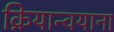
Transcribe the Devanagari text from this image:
क्रियान्वयाना